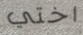
اختي